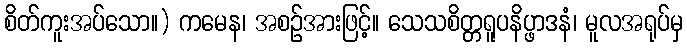
စိတ်ကူးအပ်သော။) ကမေန၊ အစဉ်အားဖြင့်။ သေသစိတ္တရူပနိပ္ဖာဒနံ၊ မူလအရုပ်မှ